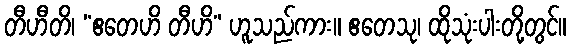
တီဟီတိ၊ “ဧတေဟိ တီဟိ” ဟူသည်ကား။ ဧတေသု၊ ထိုသုံးပါးတို့တွင်။